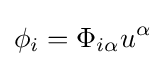
\phi _{i}=\Phi _{i\alpha }u^{\alpha }